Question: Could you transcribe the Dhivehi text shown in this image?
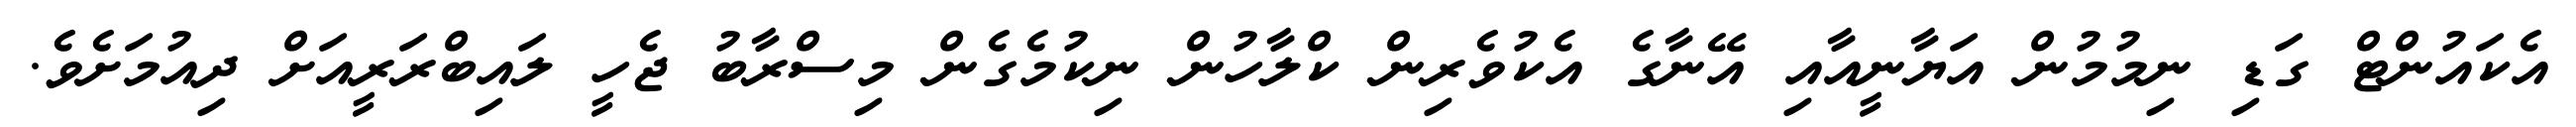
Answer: އެކައުންޓް ގަޑި ނިމުމުން އަޔާނީއާއި އޭނާގެ އެކުވެރިން ކްލާހުން ނިކުމެގެން މިސްރާބު ޖެހީ ލައިބްރަރީއަށް ދިއުމަށެވެ.